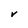
Character: V